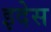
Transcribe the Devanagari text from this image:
इदेस